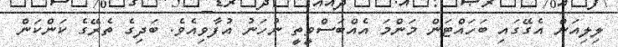
ލިލިއަން އެގޭގައި ބަހައްޓަން މަންމަ އެއްބަސްވީތީ ނުހަނު އުފާވިއެވެ. ބަދިގެ ތެރޭގެ ކަންކަން